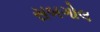
સબગોલ